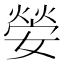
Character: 𡠺